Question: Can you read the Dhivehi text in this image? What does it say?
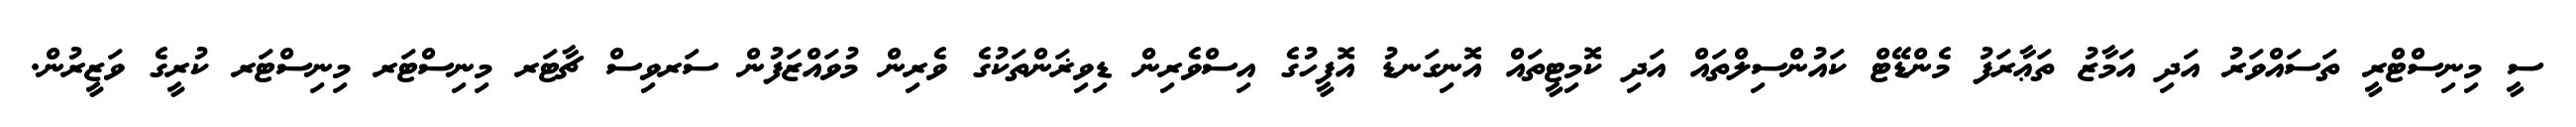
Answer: ސީ މިނިސްޓްރީ ތަސައްވަރު އަދި އަމާޒު ތަޢާރަފު މެންޑޭޓް ކައުންސިލްތައް އަދި ކޮމިޓީތައް އޮނިގަނޑު އޮފީހުގެ އިސްވެރިން ޑިވިޜަންތަކުގެ ވެރިން މުވައްޒަފުން ސަރވިސް ޗާޓަރ މިނިސްޓަރ މިނިސްޓަރ ކުރީގެ ވަޒީރުން.